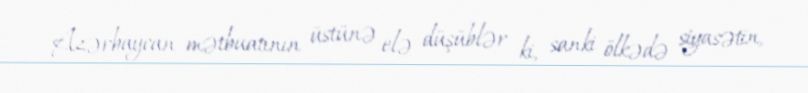
Azərbaycan mətbuatının üstünə elə düşüblər ki, sanki ölkədə siyasətin,